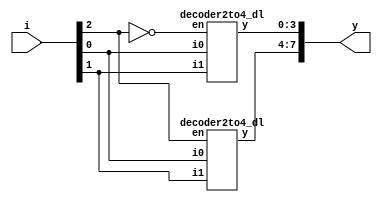
module decoder3to8_dl(i, y);
input [2:0] i;
output [7:0] y;
decoder2to4_dl d1(i[1], i[0], i[2], y[7:4]);
decoder2to4_dl d2(i[1], i[0], ~i[2], y[3:0]);
endmodule

module decoder2to4_dl(i1, i0, en, y);
input i1, i0;
input en;
output [3:0] y;
assign y[0] = ~i1&~i0&en;
assign y[1] = ~i1&i0&en;
assign y[2] = i1&~i0&en;
assign y[3] = i1&i0&en;
endmodule

module decoder3to8_tb;
reg [2:0] in;
wire [7:0] out;
decoder3to8_dl d1(in, out);
initial
begin
    in=3'b000;
    $monitor("Time:%0t input=%2b output=%8b", $time, in, out);
    #5 in=3'b001;
    #5 in=3'b010;
    #5 in=3'b011;
    #5 in=3'b100;
    #5 in=3'b101;
    #5 in=3'b110;
    #5 in=3'b111;
end
endmodule